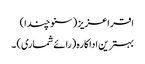
اقراعزیز (سنو چندا)
بہترین اداکارہ (رائے شماری) ۔